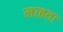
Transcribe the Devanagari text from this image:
लाहता